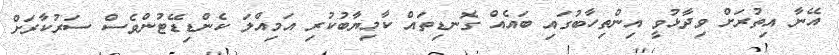
އޭނާ އިތުރަށް ވިދާޅުވީ އިންތިހާބުގައި ބައެއް ގޮނޑިތައް ކާމިޔާބުކުރި އަމިއްލަ ކެންޑިޑޭޓުންވެސް ސަރުކާރަށް